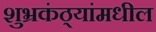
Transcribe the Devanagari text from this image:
शुभ्रकंठ्यांमधील